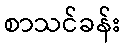
စာသင်ခန်း